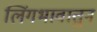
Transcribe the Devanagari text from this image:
लिंगभावातुन